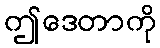
ဤဒေတာကို